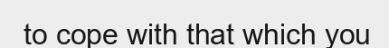
to cope with that which you